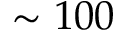
\sim 1 0 0